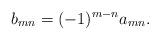
LaTeX: \begin{align*} b_{mn}=(-1)^{m-n}a_{mn}. \end{align*}